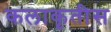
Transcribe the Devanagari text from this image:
कलाकृतीस